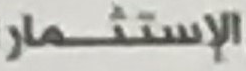
الإستثمار